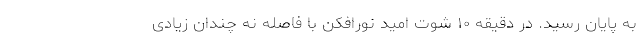
به پایان رسید. در دقیقه ۱۰ شوت امید نورافکن با فاصله نه چندان زیادی